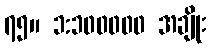
၇၅။ ၁:၁၀၀၀၀၀ အချိုး